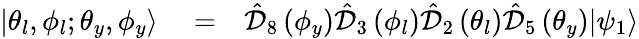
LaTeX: \begin{array}{rlr}{|\theta_{l},\phi_{l};\theta_{y},\phi_{y}\rangle}&{{}=}&{\hat{\mathcal D}_{8}\left(\phi_{y}\right)\hat{\mathcal D}_{3}\left(\phi_{l}\right)\hat{\mathcal D}_{2}\left(\theta_{l}\right)\hat{\mathcal D}_{5}\left(\theta_{y}\right)|\psi_{1}\rangle}\end{array}